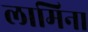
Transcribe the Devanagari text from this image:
लामिना